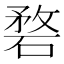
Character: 𥓺